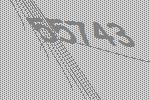
55743